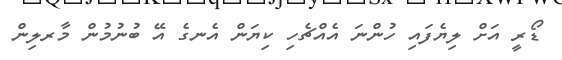
ޑޯރީ އަށް ލިޔެފައި ހުންނަ އެއްޗެހި ކިޔަން އެނގެ އޭ ބުނުމުން މާރލިން